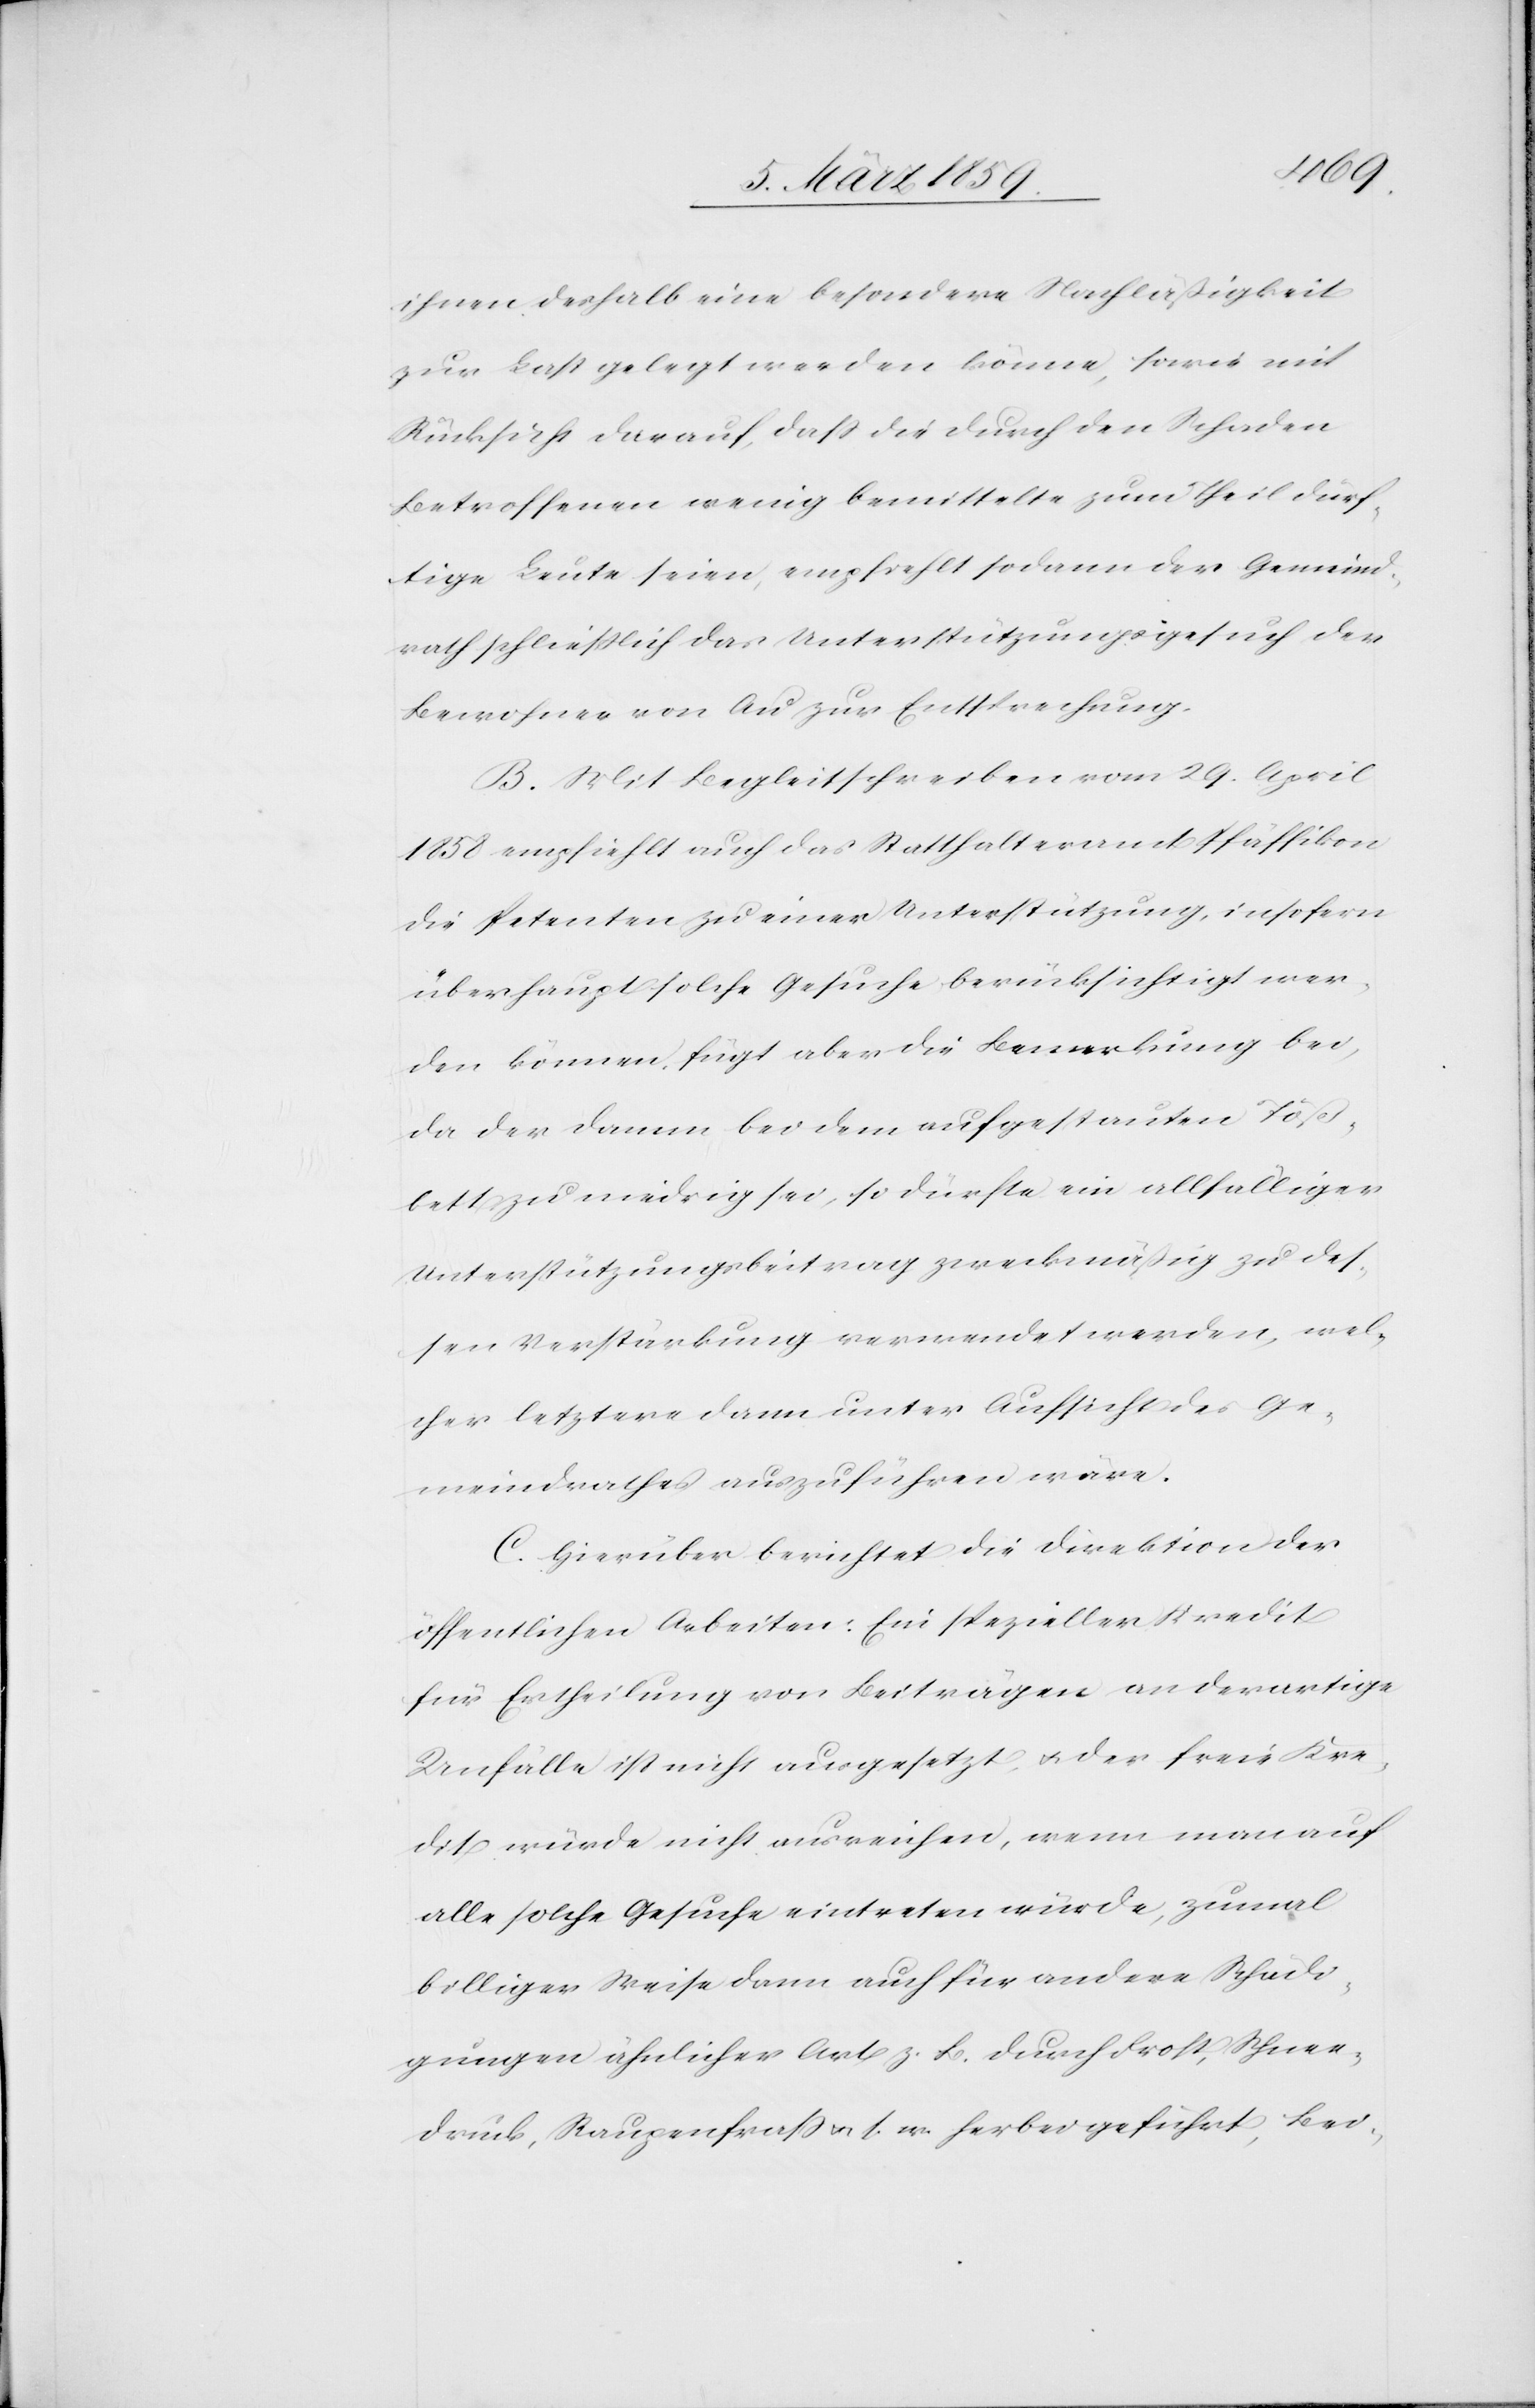
ihnen deshalb eine besondere Nachläßigkeit
zur Last gelegt werden könne, sowie mit
Rücksicht darauf, daß die durch den Schaden
Betroffenen wenig bemittelte zum Theil dürf¬
tige Leute seien, empfiehlt sodann der Gemeind¬
rath schließlich das Unterstützungsgesuch der
Bewohner von Au zur Entsprechung.
B. Mit Begleitschreiben vom 29. April
1858 empfiehlt auch das Statthalteramt Pfäffikon
die Petenten zu einer Unterstützung, insofern
überhaupt solche Gesuche berücksichtigt wer¬
den können, fügt aber die Bemerkung bei,
da der Damm bei dem aufgestauten Töß¬
bett zu niedrig sei, so dürfte ein allfälliger
Unterstützungsbeitrag zweckmäßig zu des¬
sen Verstärkung verwendet werden, wel¬
cher letztere dann unter Aufsicht des Ge¬
meindrathes auszuführen wäre.
C. Hierüber berichtet die Direktion der
öffentlichen Arbeiten: Ein spezieller Kredit
für Ertheilung von Beiträgen an derartige
Unfälle ist nicht ausgesetzt, u. der freie Kre¬
dit würde nicht ausreichen, wenn man auf
alle solche Gesuche eintreten würde, zumal
billiger Weise dann auch für andere Schädi¬
gungen ähnlicher Art z. B. durch Frost, Schnee¬
druck , Raupenfraß u. s. w. herbei geführt, Bei-